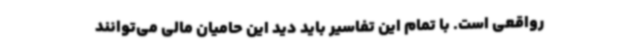
رواقعی است. با تمام این تفاسیر باید دید این حامیان مالی می‌توانند